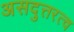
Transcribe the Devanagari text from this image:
असदुत्तरत्व